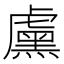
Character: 𬟱